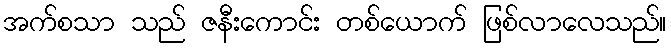
အက်စသာ သည် ဇနီးကောင်း တစ်ယောက် ဖြစ်လာလေသည်။